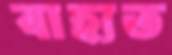
বাহ্যত